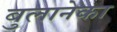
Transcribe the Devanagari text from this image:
बुलानेका